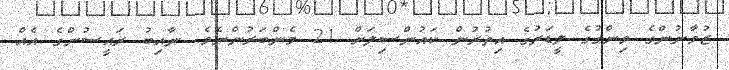
ޒުވާނުންގެ ވިންގުގެ ލީޑަރުގެ އިތުރުން ކައުންސިލަށް 21 މެންބަރުންނެވެ. ނާއިބު ރައީސުންގެ އެއް